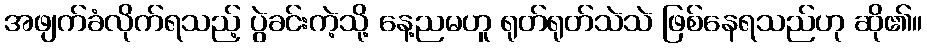
အဖျက်ခံလိုက်ရသည့် ပွဲခင်းကဲ့သို့ နေ့ညမဟူ ရုတ်ရုတ်သဲသဲ ဖြစ်နေရသည်ဟု ဆို၏။